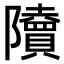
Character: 𨽤